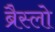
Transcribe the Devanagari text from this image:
ब्रैस्लो